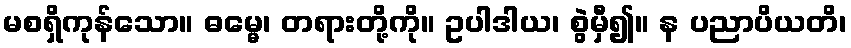
မစရှိကုန်သော။ ဓမ္မေ၊ တရားတို့ကို။ ဥပါဒါယ၊ စွဲမှီ၍။ န ပညာပိယတိ၊